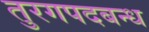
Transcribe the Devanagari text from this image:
तुरगपदबन्ध